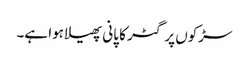
سڑکوں پر گٹر کا پانی پھیلا ہوا ہے۔